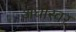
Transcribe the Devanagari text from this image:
अधोस्वर